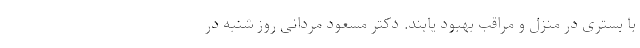
با بستری در منزل و مراقب بهبود یابند. دکتر مسعود مردانی روز شنبه در